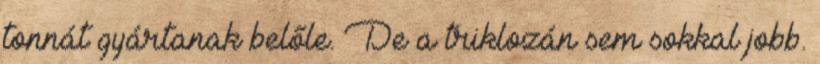
tonnát gyártanak belőle. De a triklozán sem sokkal jobb.